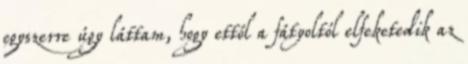
egyszerre úgy láttam, hogy ettől a fátyoltól elfeketedik az